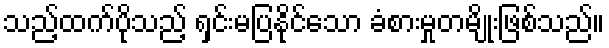
သည့်ထက်ပိုသည့် ရှင်းမပြနိုင်သော ခံစားမှုတမျိုးဖြစ်သည်။